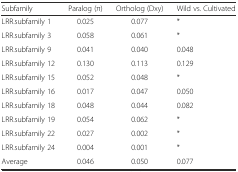
<table><thead><tr><td><b>Subfamily</b></td><td><b>Paralog (π)</b></td><td><b>Ortholog (Dxy)</b></td><td><b>Wild vs. Cultivated</b></td></tr></thead><tbody><tr><td>LRR.subfamily 1</td><td>0.025</td><td>0.077</td><td>*</td></tr><tr><td>LRR.subfamily 3</td><td>0.058</td><td>0.061</td><td>*</td></tr><tr><td>LRR.subfamily 9</td><td>0.041</td><td>0.040</td><td>0.048</td></tr><tr><td>LRR.subfamily 12</td><td>0.130</td><td>0.113</td><td>0.129</td></tr><tr><td>LRR.subfamily 15</td><td>0.052</td><td>0.048</td><td>*</td></tr><tr><td>LRR.subfamily 16</td><td>0.017</td><td>0.047</td><td>0.050</td></tr><tr><td>LRR.subfamily 18</td><td>0.048</td><td>0.044</td><td>0.082</td></tr><tr><td>LRR.subfamily 19</td><td>0.054</td><td>0.062</td><td>*</td></tr><tr><td>LRR.subfamily 22</td><td>0.027</td><td>0.002</td><td>*</td></tr><tr><td>LRR.subfamily 24</td><td>0.004</td><td>0.001</td><td>*</td></tr><tr><td>Average</td><td>0.046</td><td>0.050</td><td>0.077</td></tr></tbody></table>